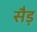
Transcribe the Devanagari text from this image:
सैड़